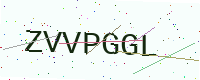
Text: ZVVPGGL